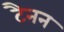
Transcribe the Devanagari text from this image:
टैनन